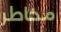
مخاطر